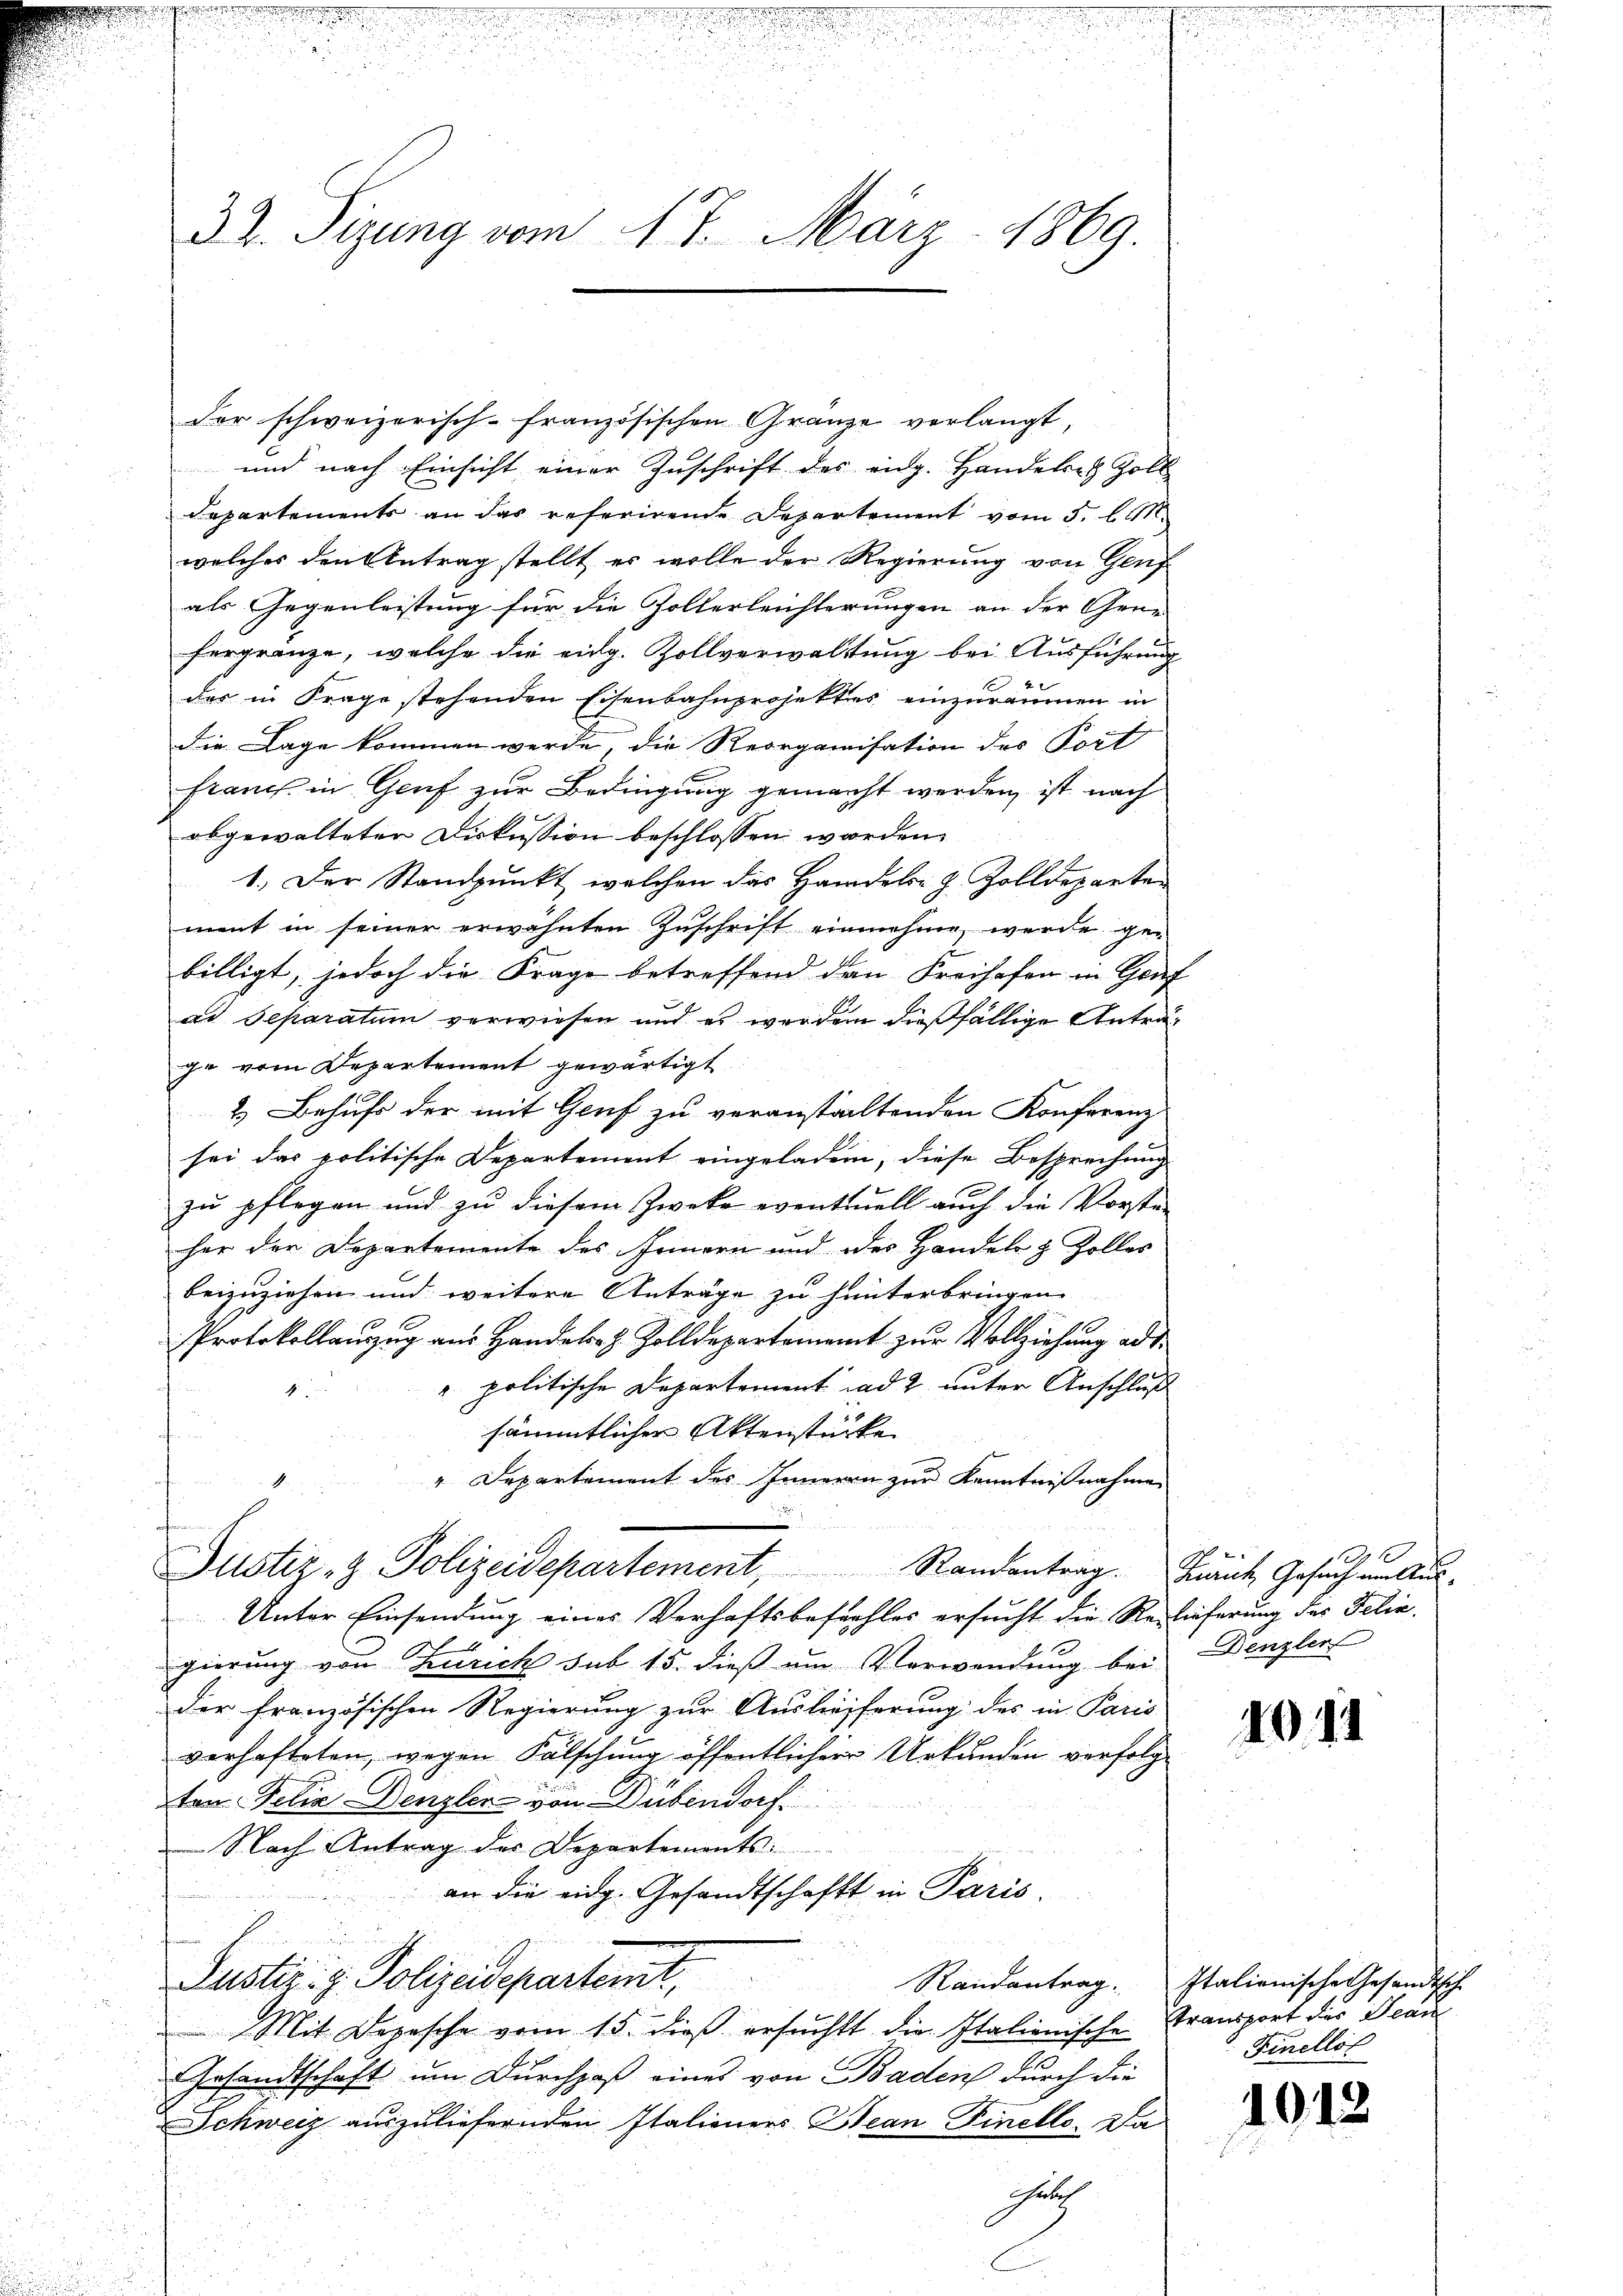
.

r
u

e
32. Sizung vom 17. März 1869.

der schweizerisch-französischen Gränze verlangt,
und nach Einsicht einer Zuschrift des eidg. Handekret Zoll
Departements an das referirende Departement vom 5. l. M.
welches den Antrag stellt er wolle der Regierung von Genz
als Gegenleistung für die Zollerleichterungen an der Gene
fergränze, welche die eidg. Zollverwaltung bei Ausführung
4
der in Frage stehenden Eisenbahnprojektes einzuräumen in
die Lage kommen werde, die Reorganisation des Port
franz in Genf zur Bedingung gemacht werden, ist nach
abgewalteter Diskussion beschlossen worden.
1.) Der Standpunkt, welchen das Handels- & Zolldeparten
ment in seiner erwähnten Zuschrift einnahme, werde gebilligt, jedoch die Frage betreffend den Freihafen in Genf
ad Separatum verwiesen und es werden dießfällige Anträge vom Departement gewärtigt
2. Behufs der mit Genf zu veranstaltenden Konferenz
sei das politische Departement eingeladen, diese Besprechung
e
zu pflegen und zu diesem Zwecke eventuell auch die Vorste-
her der Departemente des Innern und des Handeln & Zolles
beizuziehen und weitere Anträge zu hinterbringen.
Protokollauszug aus Handel- & Zolldepartement zur Vollziehung ad
". politische Departement ad 2 unter Anschluß
4
sämmtlicher Aktenstücke
" Departement des Inneren zur Kenntnißnahme

Justiz- & Polizeidepartement, Randantrag. Frauch Gesuch um Aus
Unter Einsendung eines Verhaftsbefehles ersucht die Relieferung des Felief
gierung von Zürich sub 15. dieß um Verwendung bei Denzlers
der Französischen Regierung zur Auslieferung des in Paris
verhafteten, wegen Fälschung öffentlicher Urkunden verfolg
ten Felix Denzler von Dübendorf
Nach Antrag der Departements-
an die eidg. Gesandtschaft in Paris.
Justiz: z. Polizeidepartemt,
Mit Depesche vom 15. dieß ersucht die Italienische Stransport des Beau
Gesandtschaft um Durchpaß eines von Baden durch die
Schweiz auszuliefernden Italieners Bean Finello. Da

Ghelich

1
22

1041

Randantrag. Italienische Gesandtsche
Finellst

1013.